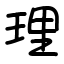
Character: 理